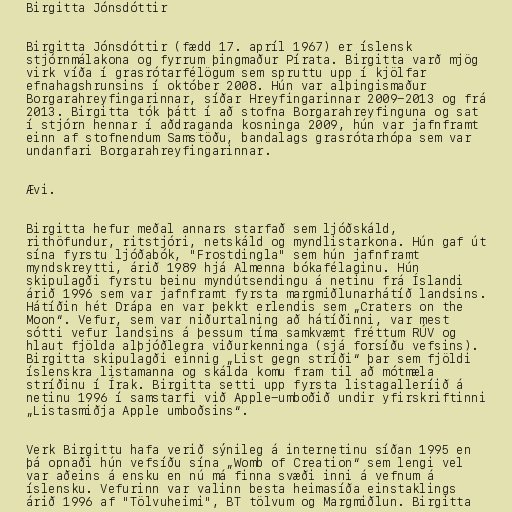
Birgitta Jónsdóttir

Birgitta Jónsdóttir (fædd 17. apríl 1967) er íslensk
stjórnmálakona og fyrrum þingmaður Pírata. Birgitta varð mjög
virk víða í grasrótarfélögum sem spruttu upp í kjölfar
efnahagshrunsins í október 2008. Hún var alþingismaður
Borgarahreyfingarinnar, síðar Hreyfingarinnar 2009-2013 og frá
2013. Birgitta tók þátt í að stofna Borgarahreyfinguna og sat
í stjórn hennar í aðdraganda kosninga 2009, hún var jafnframt
einn af stofnendum Samstöðu, bandalags grasrótarhópa sem var
undanfari Borgarahreyfingarinnar.

Ævi.

Birgitta hefur meðal annars starfað sem ljóðskáld,
rithöfundur, ritstjóri, netskáld og myndlistarkona. Hún gaf út
sína fyrstu ljóðabók, "Frostdingla" sem hún jafnframt
myndskreytti, árið 1989 hjá Almenna bókafélaginu. Hún
skipulagði fyrstu beinu myndútsendingu á netinu frá Íslandi
árið 1996 sem var jafnframt fyrsta margmiðlunarhátíð landsins.
Hátíðin hét Drápa en var þekkt erlendis sem „Craters on the
Moon“. Vefur, sem var niðurtalning að hátíðinni, var mest
sótti vefur landsins á þessum tíma samkvæmt fréttum RÚV og
hlaut fjölda alþjóðlegra viðurkenninga (sjá forsíðu vefsins).
Birgitta skipulagði einnig „List gegn stríði“ þar sem fjöldi
íslenskra listamanna og skálda komu fram til að mótmæla
stríðinu í Írak. Birgitta setti upp fyrsta listagalleríið á
netinu 1996 í samstarfi við Apple-umboðið undir yfirskriftinni
„Listasmiðja Apple umboðsins“.

Verk Birgittu hafa verið sýnileg á internetinu síðan 1995 en
þá opnaði hún vefsíðu sína „Womb of Creation“ sem lengi vel
var aðeins á ensku en nú má finna svæði inni á vefnum á
íslensku. Vefurinn var valinn besta heimasíða einstaklings
árið 1996 af "Tölvuheimi", BT tölvum og Margmiðlun. Birgitta